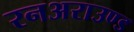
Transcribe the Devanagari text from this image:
रनअराउण्ड